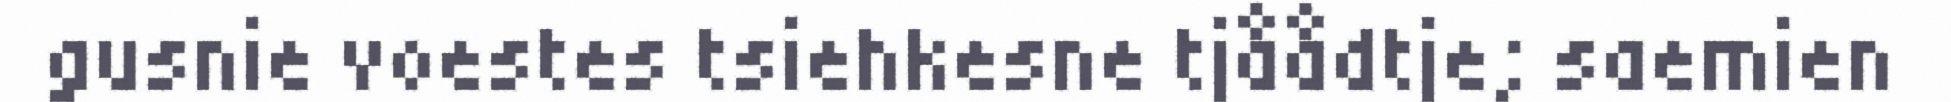
gusnie voestes tsiehkesne tjåådtje; saemien